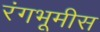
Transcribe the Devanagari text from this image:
रंगभूमीस